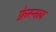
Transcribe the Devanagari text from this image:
फ्रेस्नल